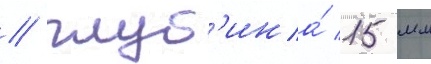
/ глуб'ина́ 15 мм